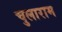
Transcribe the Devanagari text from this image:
चुलाराम